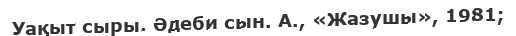
Уақыт сыры. Әдеби сын. А., «Жазушы», 1981;